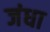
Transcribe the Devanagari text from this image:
जंधा